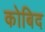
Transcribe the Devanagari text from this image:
कोबिद